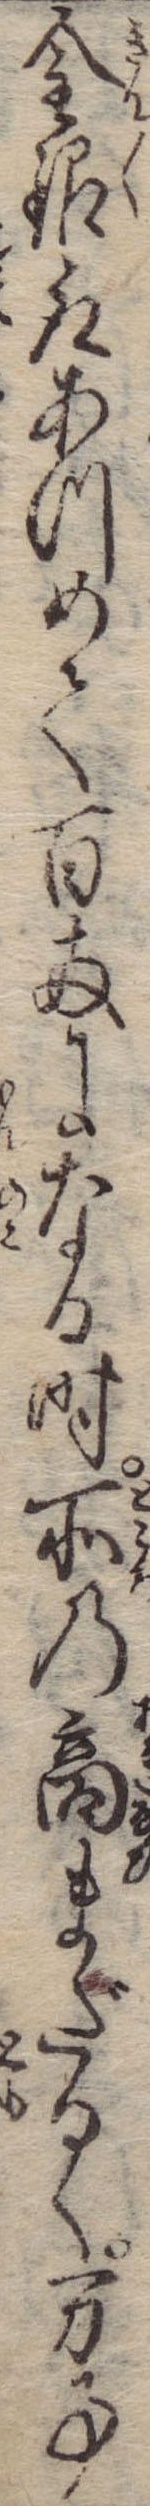
金銀取あつめて百両になる時所の商まだるく万事